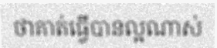
ថាគាត់ធ្វើបានល្អណាស់